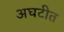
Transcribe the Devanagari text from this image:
अघटीत